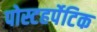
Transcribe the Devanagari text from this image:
पोस्टहर्पेटिक